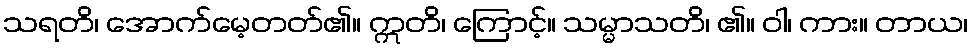
သရတိ၊ အောက်မေ့တတ်၏။ ဣတိ၊ ကြောင့်။ သမ္မာသတိ၊ ၏။ ဝါ၊ ကား။ တာယ၊